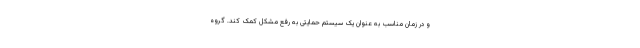
و در زمان مناسب به عنوان یک سیستم حمایتی به رفع مشکل کمک کند. گروه